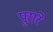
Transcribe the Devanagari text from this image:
पुरारे